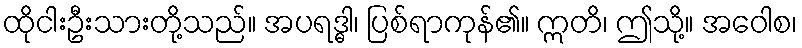
ထိုငါးဦးသားတို့သည်။ အပရဒ္ဓါ၊ ပြစ်ရာကုန်၏။ ဣတိ၊ ဤသို့။ အဝေါစ၊